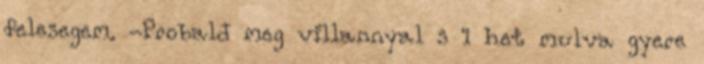
felesegem. -Probald meg villannyal s 1 het mulva gyere